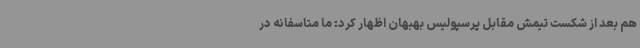
هم بعد از شکست تیمش مقابل پرسپولیس بهبهان اظهار کرد: ما متاسفانه در